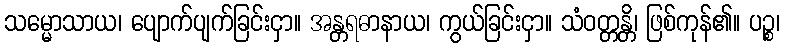
သမ္မောသာယ၊ ပျောက်ပျက်ခြင်းငှာ။ အန္တရဓာနာယ၊ ကွယ်ခြင်းငှာ။ သံဝတ္တန္တိ၊ ဖြစ်ကုန်၏။ ပဉ္စ၊